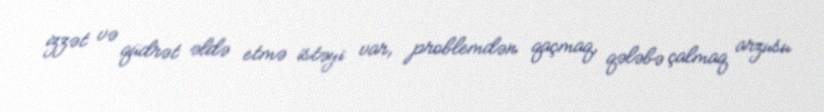
izzət və qüdrət əldə etmə istəyi var, problemdən qaçmaq, qələbə çalmaq arzusu